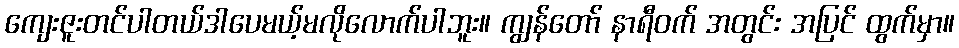
ကျေးဇူးတင်ပါတယ်ဒါပေမယ့်မလိုလောက်ပါဘူး။ ကျွန်တော် နာရီဝက် အတွင်း အပြင် ထွက်မှာ။